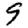
Digit: 9